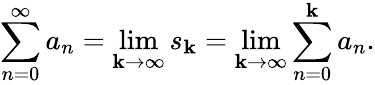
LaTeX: \sum_{n=0}^{\infty}a_{n}=\operatorname*{lim}_{\mathbf{k}\to\infty}s_{\mathbf{k}}=\operatorname*{lim}_{\mathbf{k}\to\infty}\sum_{n=0}^{\mathbf{k}}a_{n}.